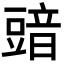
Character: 䜾